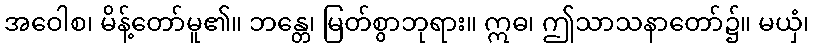
အဝေါစ၊ မိန့်တော်မူ၏။ ဘန္တေ၊ မြတ်စွာဘုရား။ ဣဓ၊ ဤသာသနာတော်၌။ မယှံ၊